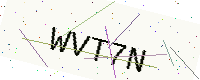
Text: WVT7N